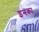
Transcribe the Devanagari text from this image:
इनका